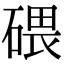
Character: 碨